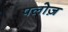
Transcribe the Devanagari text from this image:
पलोज़